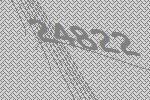
24822